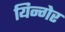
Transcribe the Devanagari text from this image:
यिन्गेर